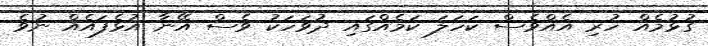
ގުޅުމެއް ހުރި އެއްވެސް ކަހަލަ ކަމެއްގައި ދުވަހަކު ވެސް އޭނާ އުޅެފައެއް ނުވެ